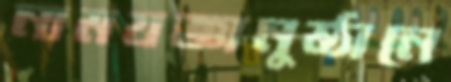
নামযজ্ঞানুষ্ঠানে